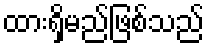
ထားရှိမည်ဖြစ်သည်